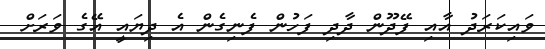
ވައިކަރަދު އާއި ފޭދޫން ދާދި ފަހުން ފެނިގެން އެ ދިޔައީ އޭގެ ވަރަށް